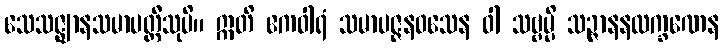
သေသဇ္ဈာနသမာပတ္တီသုပိ။ ဣတိ ဧကဝါရံ သမာပဇ္ဇနဝသေန ဝါ သဗ္ဗမ္ပိ သဉ္ဇာနနလက္ခဏေန